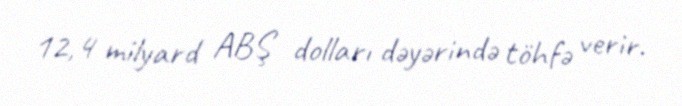
12,4 milyard ABŞ dolları dəyərində töhfə verir.